Indian journal of veterinary science and animal husbandry - Volume 5,
Year: 1935
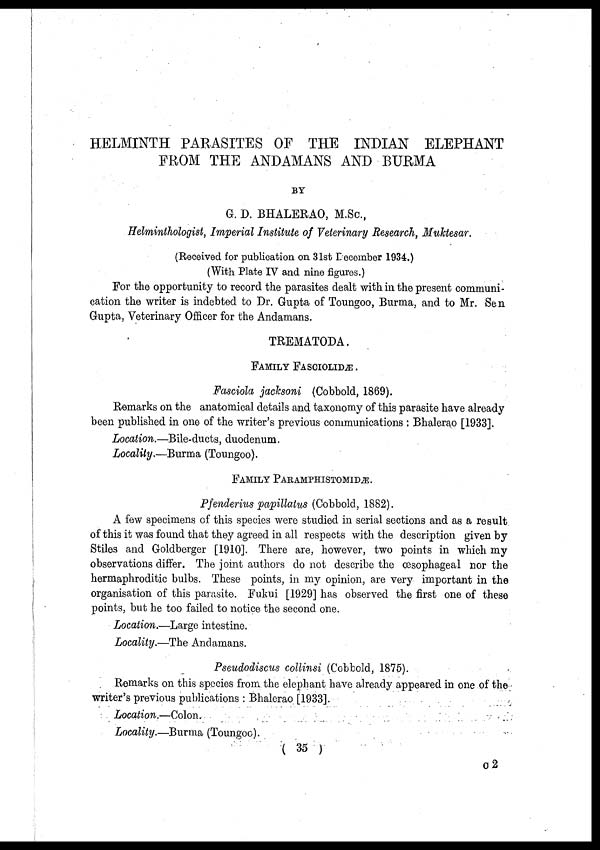
HELMINTH PARASITES OF THE INDIAN ELEPHANT
FROM THE ANDAMANS AND BURMA
BY
G. D. BHALERAO, M.Sc.,
Helminthologist, Imperial Institute of Veterinary Research, Muktesar.
(Received for publication on 31st December 1934.)
(With Plate IV and nine figures.)
For the opportunity to record the parasites dealt with in the present communi-
cation the writer is indebted to Dr. Gupta of Toungoo, Burma, and to Mr. Sen
Gupta, Veterinary Officer for the Andamans.
TREMATODA.
FAMILY FASCIOLIDÆ .
Fasciola jacksoni (Cobbold, 1869).
Remarks on the anatomical details and taxonomy of this parasite have already
been published in one of the writer's previous communications : Bhalerao [1933].
Location.—Bile-ducts, duodenum.
Locality.—Burma (Toungoo).
FAMILY PARAMPHISTOMIDÆ.
Pfenderius papillatus (Cobbold, 1882).
A few specimens of this species were studied in serial sections and as a result
of this it was found that they agreed in all respects with the description given by
Stiles and Goldberger [1910]. There are, however, two points in which my
observations differ. The joint authors do not describe the œsophageal nor the
hermaphroditic bulbs. These points, in my opinion, are very important in the
organisation of this parasite. Fukui [1929] has observed the first one of these
points, but he too failed to notice the second one.
Location.—Large intestine.
Locality.—The Andamans.
Pseudodiscus collinsi (Cobbold, 1875).
Remarks on this species from the elephant have already appeared in one of the
writer's previous publications : Bhalerao [1933].
Location.—Colon.
Locality.—Burma (Toungoo).
( 35 )
C 2